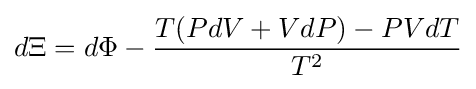
d\Xi =d\Phi -{\frac {T(PdV+VdP)-PVdT}{T^{2}}}